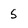
Character: 5